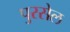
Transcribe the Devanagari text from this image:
पुरसेल